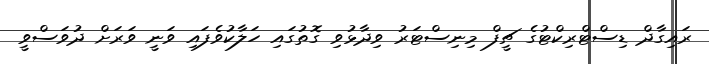
ރައިގާދް ޑިސްޓްރިކްޓުގެ ޗީފް މިނިސްޓަރު ވިދާޅުވި ގޮތުގައި ހަލާކުވެފައި ވަނީ ވަރަށް ދުވަސްވީ